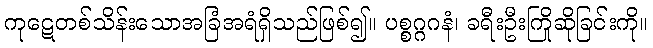
ကုဋေတစ်သိန်းသောအခြံအရံရှိသည်ဖြစ်၍။ ပစ္စဂ္ဂဂနံ၊ ခရီးဦးကြိုဆိုခြင်းကို။